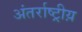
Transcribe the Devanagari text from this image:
अंतर्राष्ट्रीय़